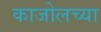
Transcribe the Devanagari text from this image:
काजोलच्या